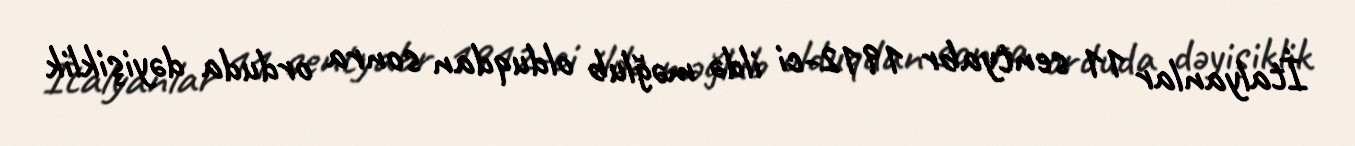
İtalyanlar 11 sentyabr 1912-ci ildə məğlub olduqdan sonra orduda dəyişiklik